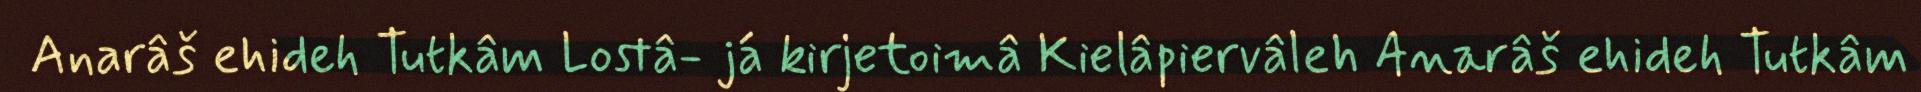
Anarâš ehideh Tutkâm Lostâ- já kirjetoimâ Kielâpiervâleh Anarâš ehideh Tutkâm